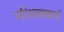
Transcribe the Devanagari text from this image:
परिभाषाकार्य